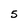
Character: 5